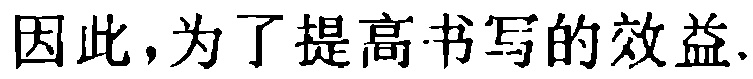
因此，为了提高书写的效益.